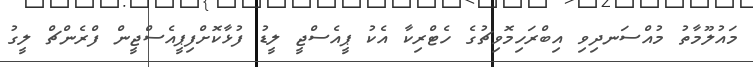
މައުލޫމާތު މުއްސަނދިވި އިބްރަހިމޮވިޗުގެ ހެޓްރިކާ އެކު ޕީއެސްޖީ ލީޑު ފުޅާކޮށްފިޕީއެސްޖީން ފްރެންޗް ލީގު